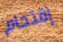
إقتحام